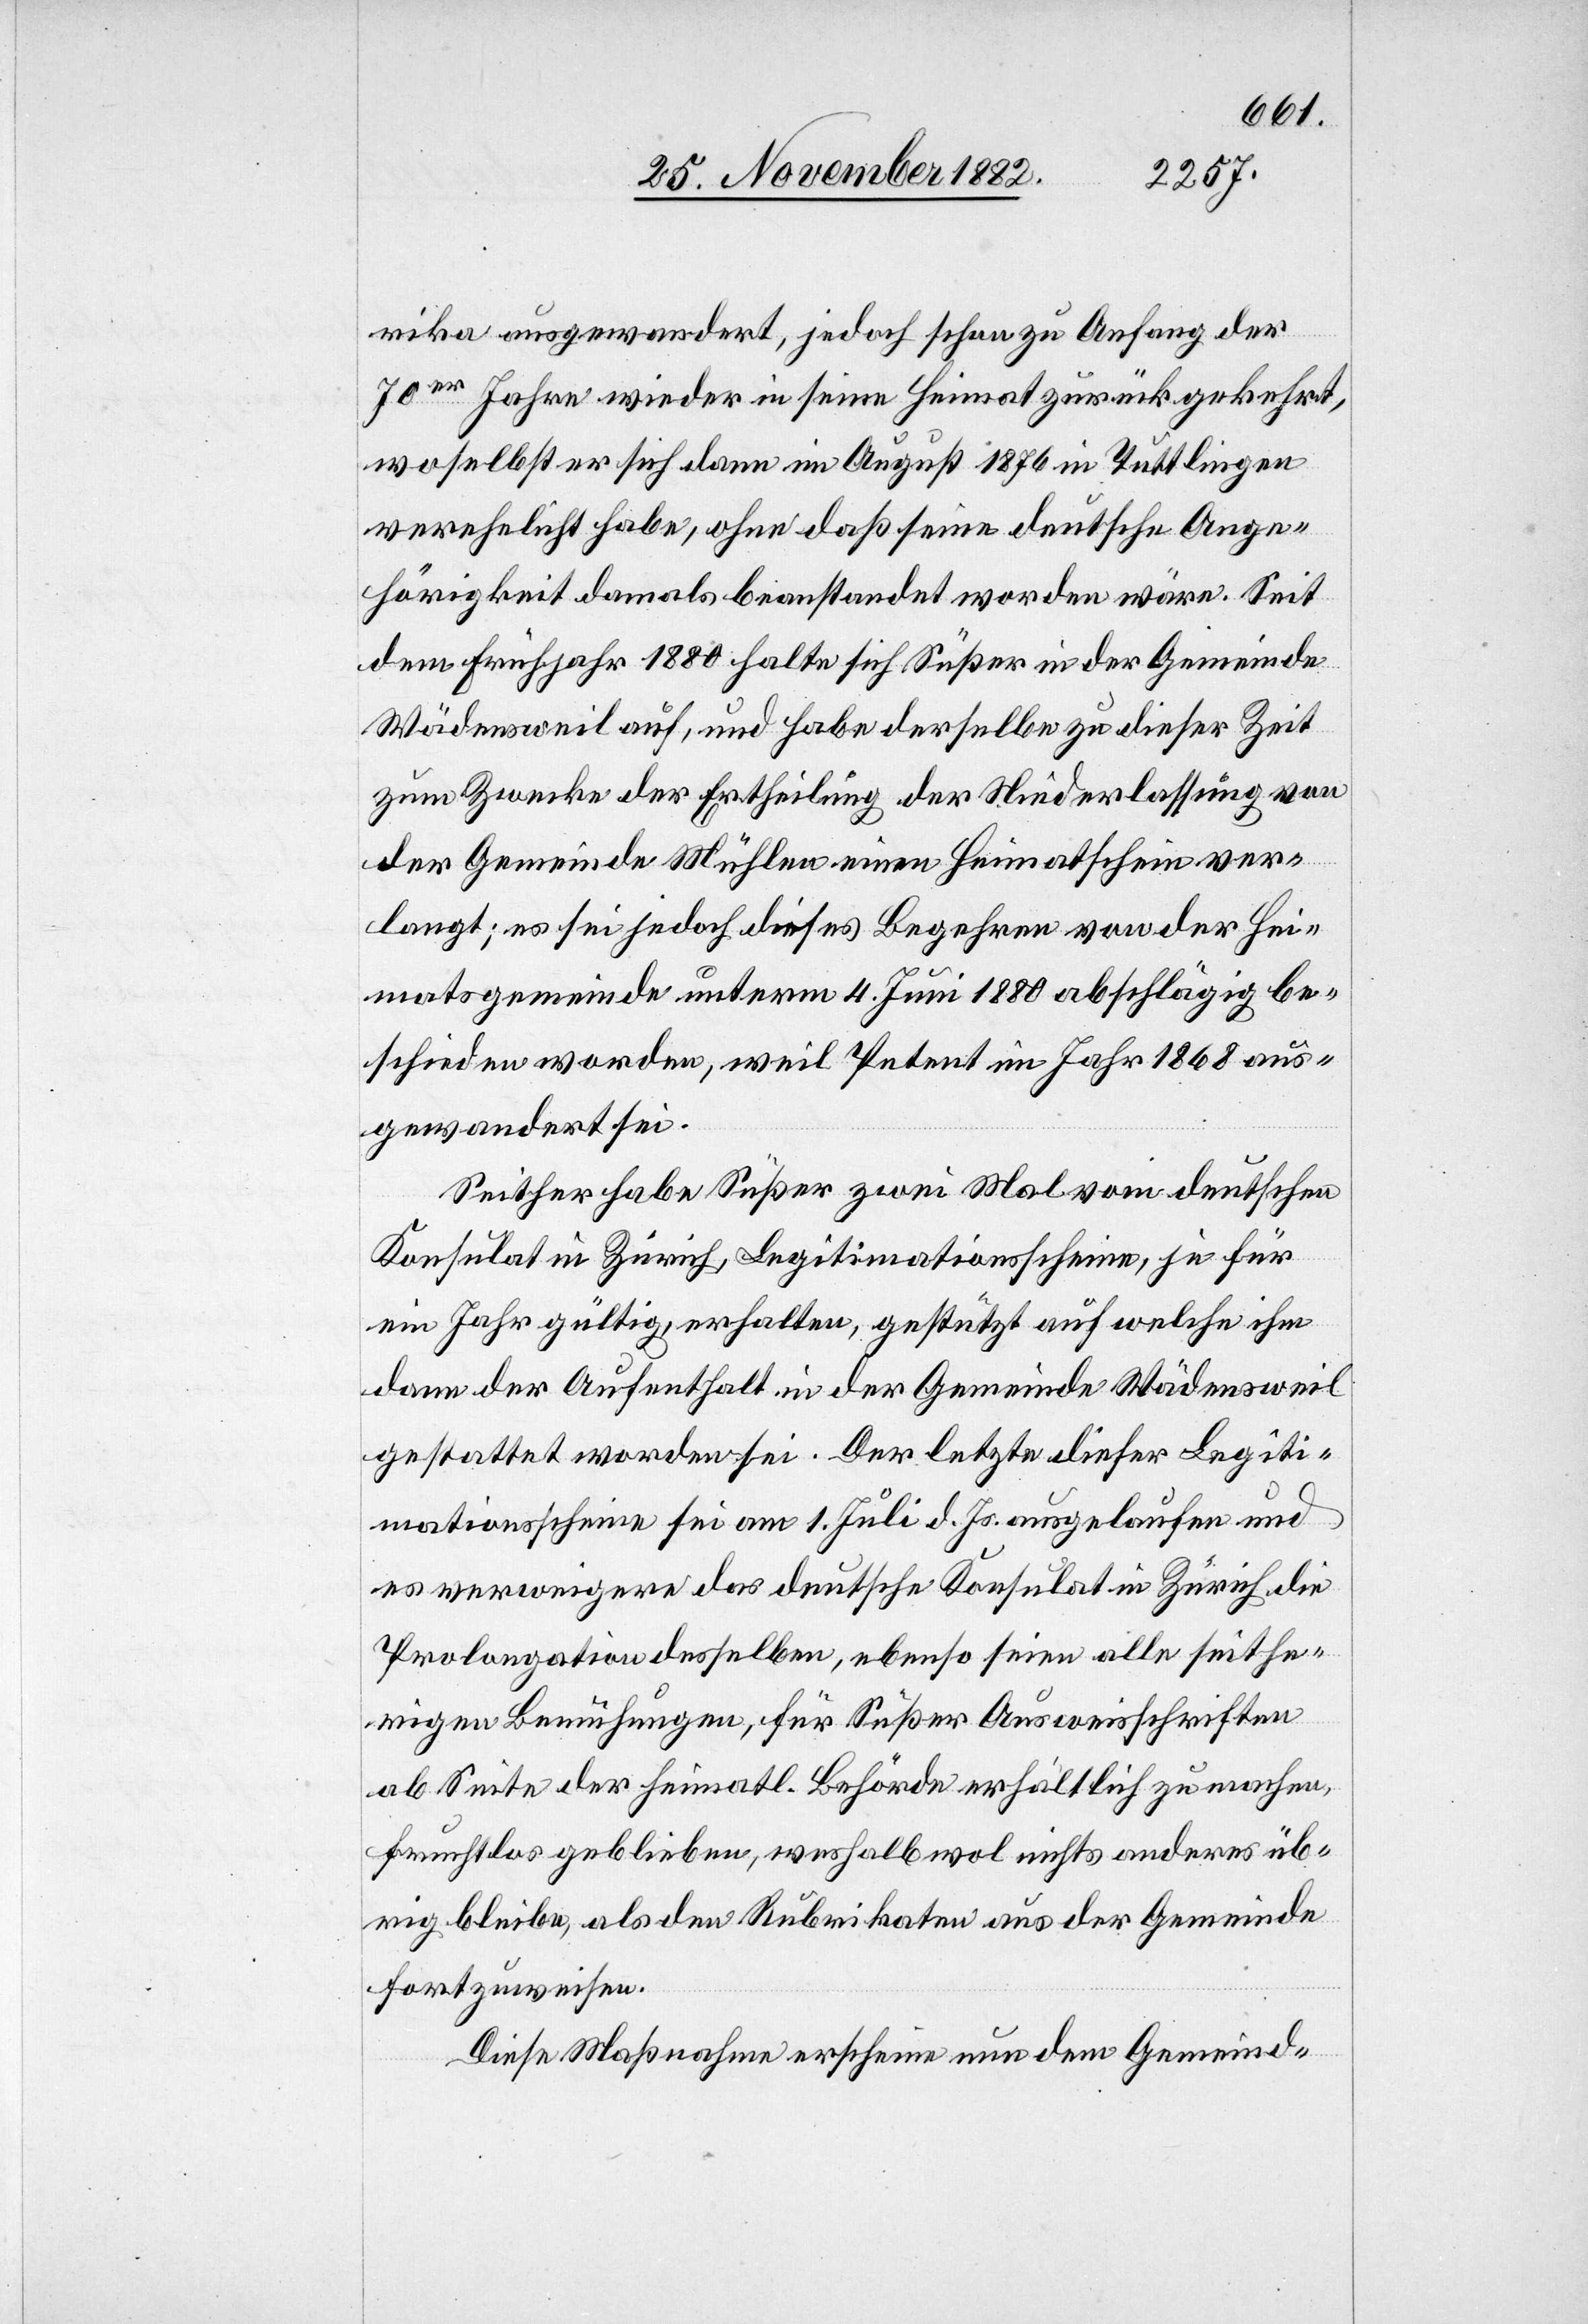
rika ausgewandert, jedoch schon zu Anfang der
70er Jahre wieder in seine Heimat zurückgekehrt,
woselbst er sich dann im August 1876 in Tuttlingen
verehelicht habe, ohne daß seine deutsche Ange¬
hörigkeit damals beanstandet worden wäre. Seit
dem Frühjahr 1880 halte sich Süßer in der Gemeinde
Wädensweil auf, und habe derselbe zu dieser Zeit
zum Zwecke der Ertheilung der Niederlassung von
der Gemeinde Mühlen einen Heimatschein ver¬
langt; es sei jedoch dieses Begehren von der Hei¬
matsgemeinde unterm 4. Juni 1880 abschlägig be¬
scheiden worden, weil Petent im Jahr 1868 aus¬
gewandert sei.
Seither habe Süßer zwei Mal vom deutschen
Konsulat in Zürich, Legitimationsscheine, je für
ein Jahr gültig, erhalten, gestützt auf welche ihm
dann der Aufenthalt in der Gemeinde Wädensweil
gestattet worden sei. Der letzte dieser Legiti¬
mationsscheine sei am 1. Juli d. Js. ausgelaufen und
es verweigere das deutsche Konsulat in Zürich die
Prolongation desselben, ebenso seien alle seithe¬
rigen Bemühungen, für Süßer Ausweisschriften
ab Seite der heimatl. Behörde erhältlich zu machen,
fruchtlos geblieben, weshalb wol nichts anderes üb¬
rig bleibe, als den Rubrikaten aus der Gemeinde
fortzuweisen.
Diese Maßnahme erschiene nun dem Gemeind-